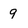
Character: 9